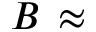
B \, \approx